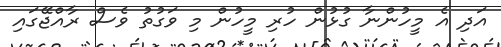
އަދި އެ މީހުންނާ ގުޅުން ހުރި މީހުން މި ވަގުތު ވެސް ރާއްޖޭގައި